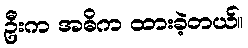
ဦးက အဓိက ထားခဲ့တယ်။